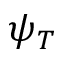
\psi _ { T }